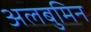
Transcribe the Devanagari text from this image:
अलबुमिन